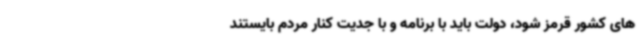
های کشور قرمز شود، دولت باید با برنامه و با جدیت کنار مردم بایستند